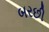
બરછી